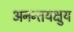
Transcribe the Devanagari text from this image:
अनन्तयक्षुय